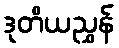
ဒုတိယညွှန်